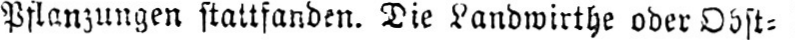
Pflanzungen stattfanden. Die Landwirthe ober Obst⸗